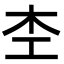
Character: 杢